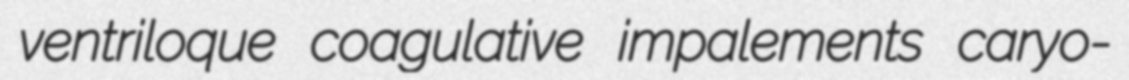
ventriloque coagulative impalements caryo-